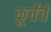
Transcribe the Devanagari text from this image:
कूर्चेचे